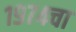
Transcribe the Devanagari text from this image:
१९७४चा